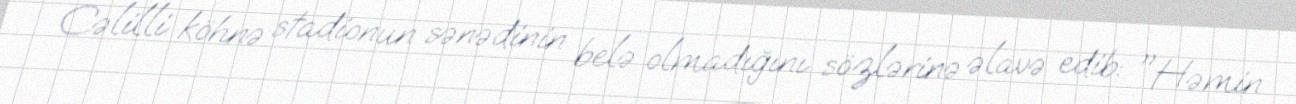
Cəlilli köhnə stadionun sənədinin belə olmadığını sözlərinə əlavə edib: "Həmin